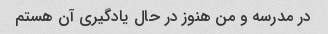
در مدرسه و من هنوز در حال یادگیری آن هستم